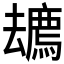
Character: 𱝎